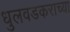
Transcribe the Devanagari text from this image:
धुलवडकराच्या